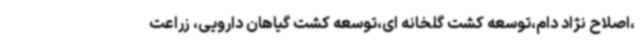
،اصلاح نژاد دام،توسعه کشت گلخانه ای،توسعه کشت گیاهان دارویی، زراعت